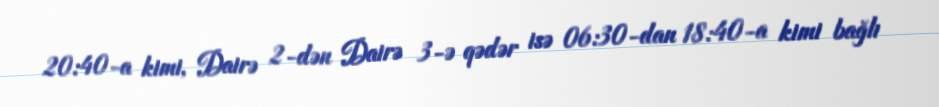
20:40-a kimi, Dairə 2-dən Dairə 3-ə qədər isə 06:30-dan 18:40-a kimi bağlı